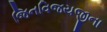
જિનવિજયજીના